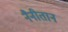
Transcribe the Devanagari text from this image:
नैनीतान